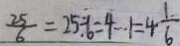
\frac { 2 5 } { 6 } = 2 5 \div 6 = 4 - 1 = 4 \frac { 1 } { 6 }